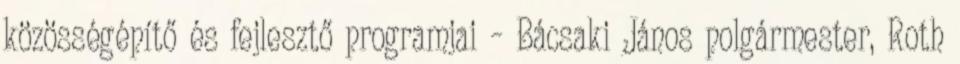
közösségépítő és fejlesztő programjai – Bácsaki János polgármester, Roth